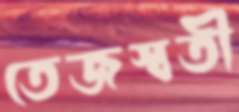
তেজস্বতী